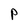
Character: P